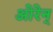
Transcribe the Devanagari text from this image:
ओरेन्